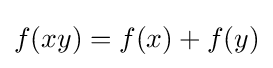
f(xy)=f(x)+f(y)